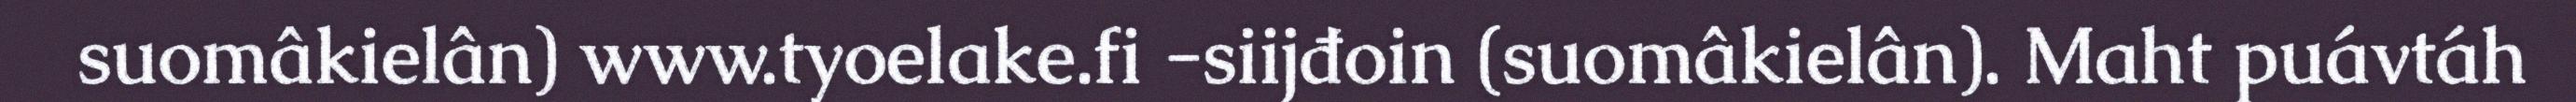
suomâkielân) www.tyoelake.fi -siijđoin (suomâkielân). Maht puávtáh